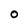
Character: O